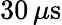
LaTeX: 30\, \mu\mathrm{s}